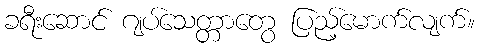
ခရီးဆောင် ဂျပ်သေတ္တာတွေ ပြည့်မောက်လျက်။